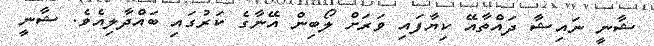
ޝާނީ ނައިޝާ ދައްތާއޭ ކިޔާފައި ވަރަށް ލޯބިން އޭނާގެ ކަރުގައި ބައްދާލިއެވެ. ޝާނީ